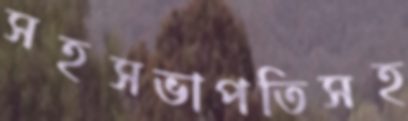
সহসভাপতিসহ